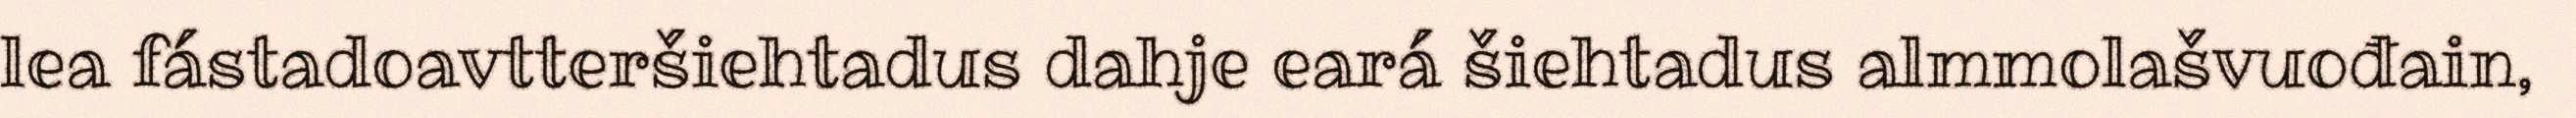
lea fástadoavtteršiehtadus dahje eará šiehtadus almmolašvuođain,